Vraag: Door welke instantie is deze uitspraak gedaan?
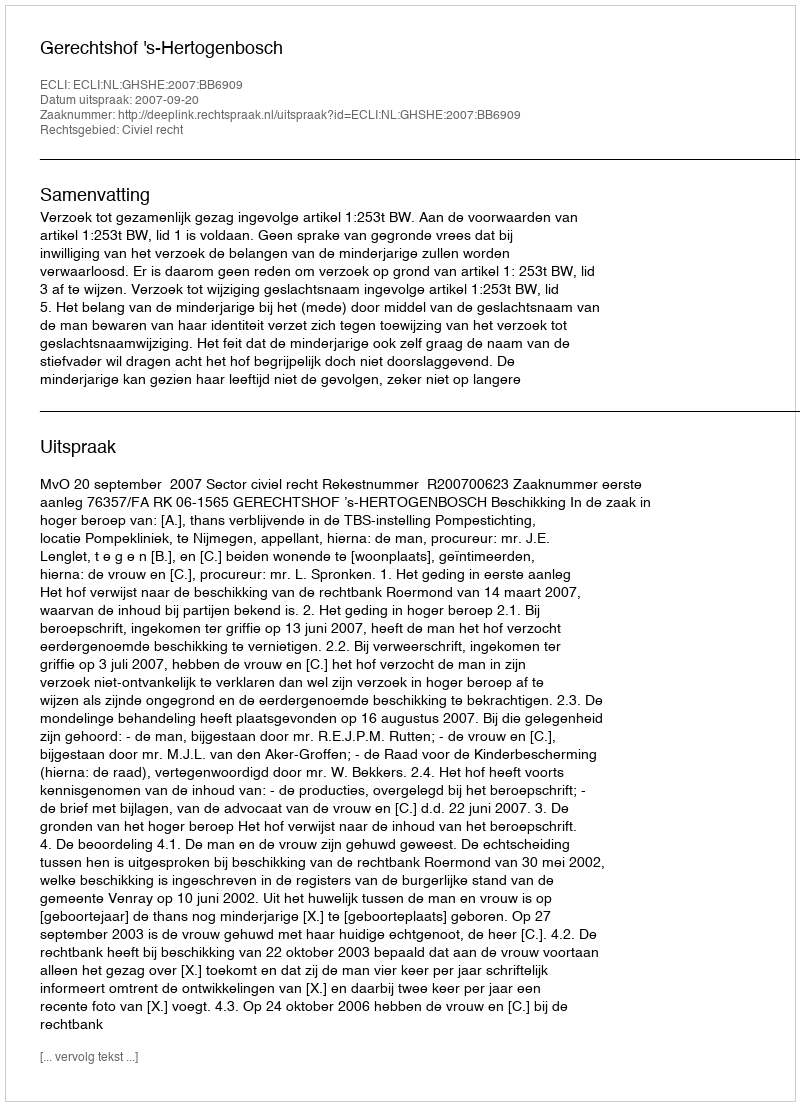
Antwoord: Gerechtshof 's-Hertogenbosch